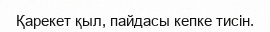
Қарекет қыл, пайдасы кепке тисін.